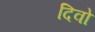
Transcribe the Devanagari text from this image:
दिवो